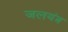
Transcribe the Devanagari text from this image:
जलयंत्र